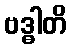
ဗဒ္ဓါတိ